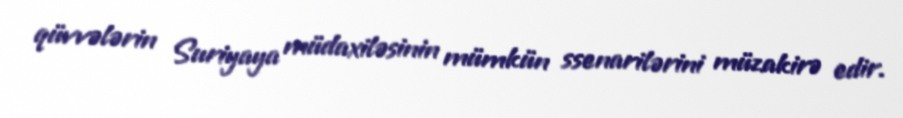
qüvvələrin Suriyaya müdaxiləsinin mümkün ssenarilərini müzakirə edir.